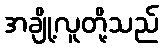
အချို့လူတို့သည်